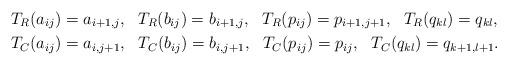
LaTeX: \begin{align*}&T_{R}(a_{ij})=a_{i+1,j},\ \ T_{R}(b_{ij})=b_{i+1,j},\ \ T_{R}(p_{ij})=p_{i+1,j+1},\ \ T_{R}(q_{kl})=q_{kl},\\&T_{C}(a_{ij})=a_{i,j+1},\ \ T_{C}(b_{ij})=b_{i,j+1},\ \ T_{C}(p_{ij})=p_{ij},\ \ T_{C}(q_{kl})=q_{k+1,l+1}. \end{align*}